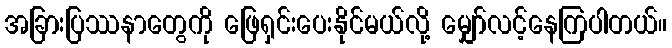
အခြားပြဿနာတွေကို ဖြေရှင်းပေးနိုင်မယ်လို့ မျှော်လင့်နေကြပါတယ်။